Senior Leaving Certificate Examination (including Day School Certificate (Higher) General paper), 1949
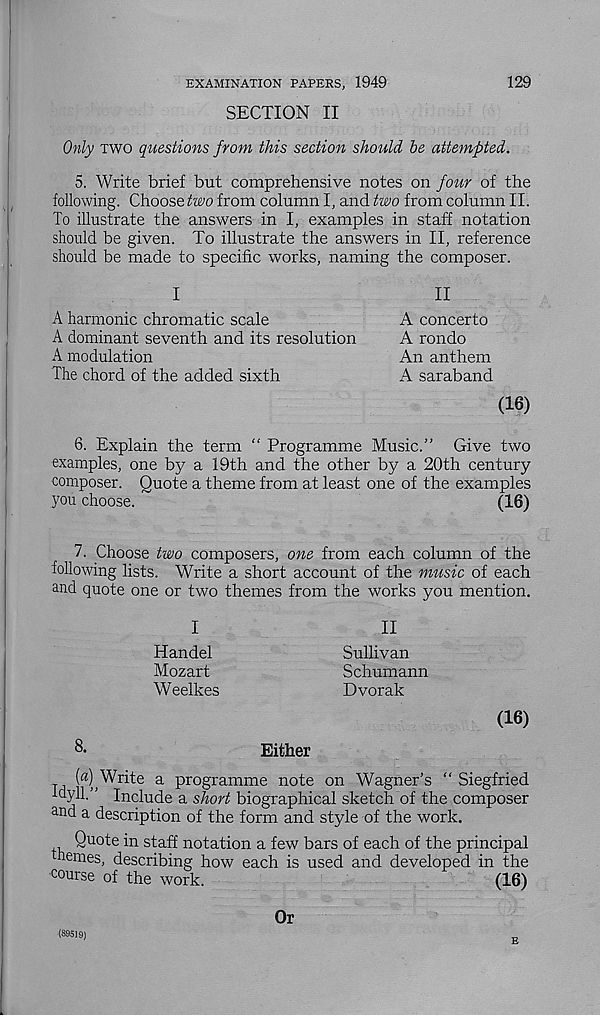
EXAMINATION PAPERS, 1949
129
SECTION II
Only two questions from this section should be attempted.
5. Write brief but comprehensive notes on four of the
following. Choose two from column I, and two from column II.
To illustrate the answers in I, examples in staff notation
should be given. To illustrate the answers in II, reference
should be made to specific works, naming the composer.
I
II
A harmonic chromatic scale
A concerto
A dominant seventh and its resolution
A rondo
A modulation
An anthem
The chord of the added sixth
A saraband
(16)
6. Explain the term “ Programme Music.” Give two
examples, one by a 19th and the other by a 20th century
composer. Quote a theme from at least one of the examples
you choose.
(16)
7. Choose two composers, one from each column of the
following lists. Write a short account of the music of each
and quote one or two themes from the works you mention.
I
II
Handel
Sullivan
Mozart
Schumann
Weelkes
Dvorak
(16)
8.
Either
T
Write a programme note on Wagner’s “ Siegfried
idyll.’' Include a short biographical sketch of the composer
a nd a description of the form and style of the work.
Quote in staff notation a few bars of each of the principal
nemes, describing how each is used and developed in the
course of the work.
(16)
Or
(89519)
E